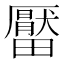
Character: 𤳪